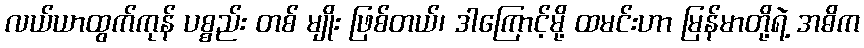
လယ်ယာထွက်ကုန် ပစ္စည်း တစ် မျိုး ဖြစ်တယ်၊ ဒါကြောင့်မို့ ထမင်းဟာ မြန်မာတို့ရဲ့ အဓိက